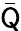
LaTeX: \bar{\mathsf Q}